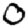
Digit: 0